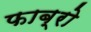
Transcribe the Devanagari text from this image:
फाब्रो